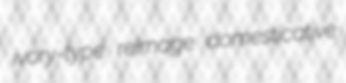
ivory-type reimage domesticative